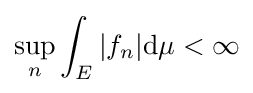
\sup \limits _{n}\int _{E}|f_{n}|\mathrm {d} \mu <\infty